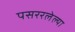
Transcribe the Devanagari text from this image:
पसररलेल्या